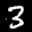
Label: 3